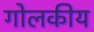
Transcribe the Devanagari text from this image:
गोलकीय